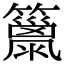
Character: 𥶢